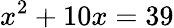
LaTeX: x^{2}+10x=39